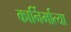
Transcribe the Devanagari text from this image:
कार्निर्मात्या